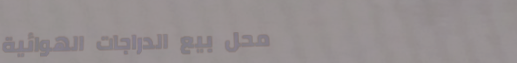
محل بيع الدراجات الهوائية